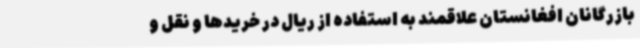
بازرگانان افغانستان علاقمند به استفاده از ریال در خریدها و نقل و